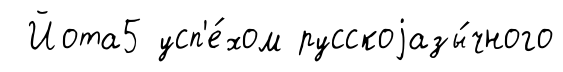
Йота5 усп'е́хом русскоjазы́чного